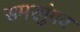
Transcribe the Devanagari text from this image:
समरपुंगव